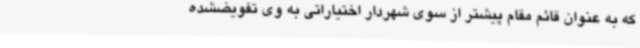
که به عنوان قائم مقام پیشتر از سوی شهردار اختیاراتی به وی تفویضشده